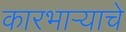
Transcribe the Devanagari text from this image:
कारभाऱ्याचे